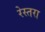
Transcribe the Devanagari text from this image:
रेस्तरा